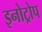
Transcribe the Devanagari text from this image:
इनोट्रोप